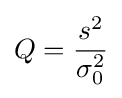
Q={\frac {s^{2}}{\sigma _{0}^{2}}}